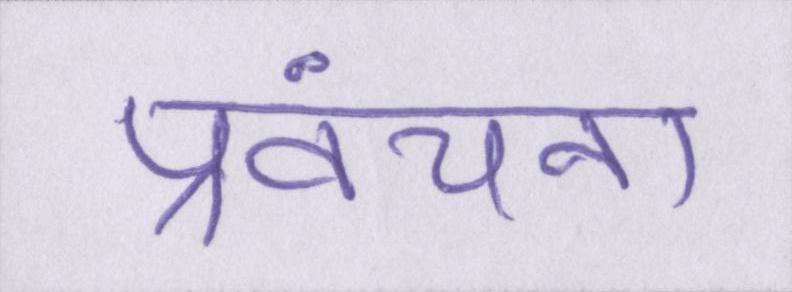
प्रवंचना